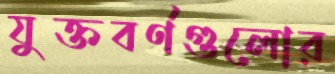
যুক্তবর্ণগুলোর